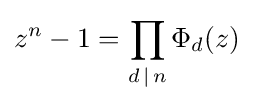
z^{n}-1=\prod _{d\,|\,n}\Phi _{d}(z)